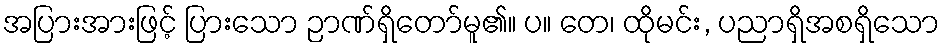
အပြားအားဖြင့် ပြားသော ဉာဏ်ရှိတော်မူ၏။ ပ။ တေ၊ ထိုမင်း, ပညာရှိအစရှိသော